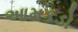
આમકડો